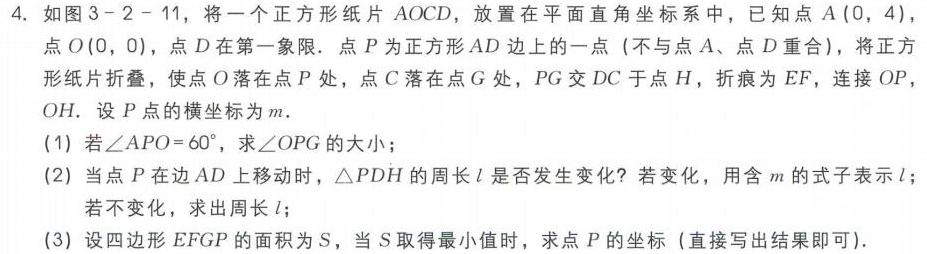
4. 如图3 - 2 - 11，将一个正方形纸片\(AOCD\)，放置在平面直角坐标系中，已知点\(A(0,4)\)，点\(O(0,0)\)，点\(D\)在第一象限．点\(P\)为正方形\(AD\)边上的一点（不与点\(A\)、点\(D\)重合），将正方形纸片折叠，使点\(O\)落在点\(P\)处，点\(C\)落在点\(G\)处，\(PG\)交\(DC\)于点\(H\)，折痕为\(EF\)，连接\(OP\)，\(OH\)．设\(P\)点的横坐标为\(m\)．
(1) 若\(\angle APO = 60^{\circ}\)，求\(\angle OPG\)的大小；
(2) 当点\(P\)在边\(AD\)上移动时，\(\triangle PDH\)的周长\(l\)是否发生变化？若变化，用含\(m\)的式子表示\(l\)；若不变化，求出周长\(l\)；
(3) 设四边形\(EFGP\)的面积为\(S\)，当\(S\)取得最小值时，求点\(P\)的坐标（直接写出结果即可）．